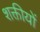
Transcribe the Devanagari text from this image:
शक्तीयों